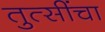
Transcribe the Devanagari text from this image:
तुत्‍सींचा